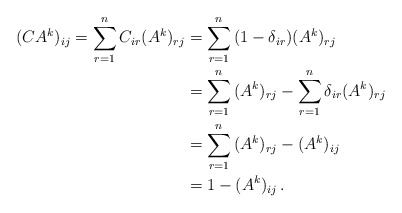
\begin{align*}(CA^k )_{ij} = \sum\limits_{r = 1}^n {C_{ir} (A^k )_{rj} } &= \sum\limits_{r = 1}^n {(1 - \delta _{ir} )(A^k )_{rj} }\\&= \sum\limits_{r = 1}^n {(A^k )_{rj} } - \sum\limits_{r = 1}^n {\delta _{ir} (A^k )_{rj} }\\&= \sum\limits_{r = 1}^n {(A^k )_{rj} } - (A^k )_{ij}\\&= 1 - (A^k )_{ij}\,.\end{align*}